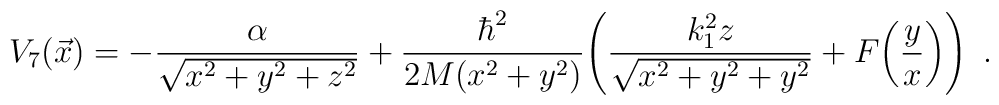
V_7(\vec x)=-{\alpha\over\sqrt{x^2+y^2+z^2}}     +{\hbar^2\over2M(x^2+y^2)}\Bigg(  {k_1^2z\over\sqrt{x^2+y^2+y^2}}+F\bigg({y\over x}\bigg)\Bigg)\enspace.